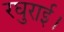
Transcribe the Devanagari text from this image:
रघुराई।